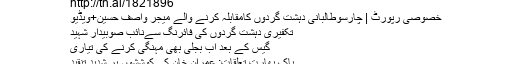
http://tn.ai/1821896
خصوصی رپورٹ | چارسوطالبانی دہشت گردوں کامقابلہ کرنے والے میجر واصف حسین+ویڈیو
تکفیری دہشت گردوں کی فائرنگ سےنائب صوبیدار شہید
گیس کے بعد اب بجلی بھی مہنگی کرنے کی تیاری
پاک بھارت تعلقات: عمران خان کی کوششوں پر شدید تنقید